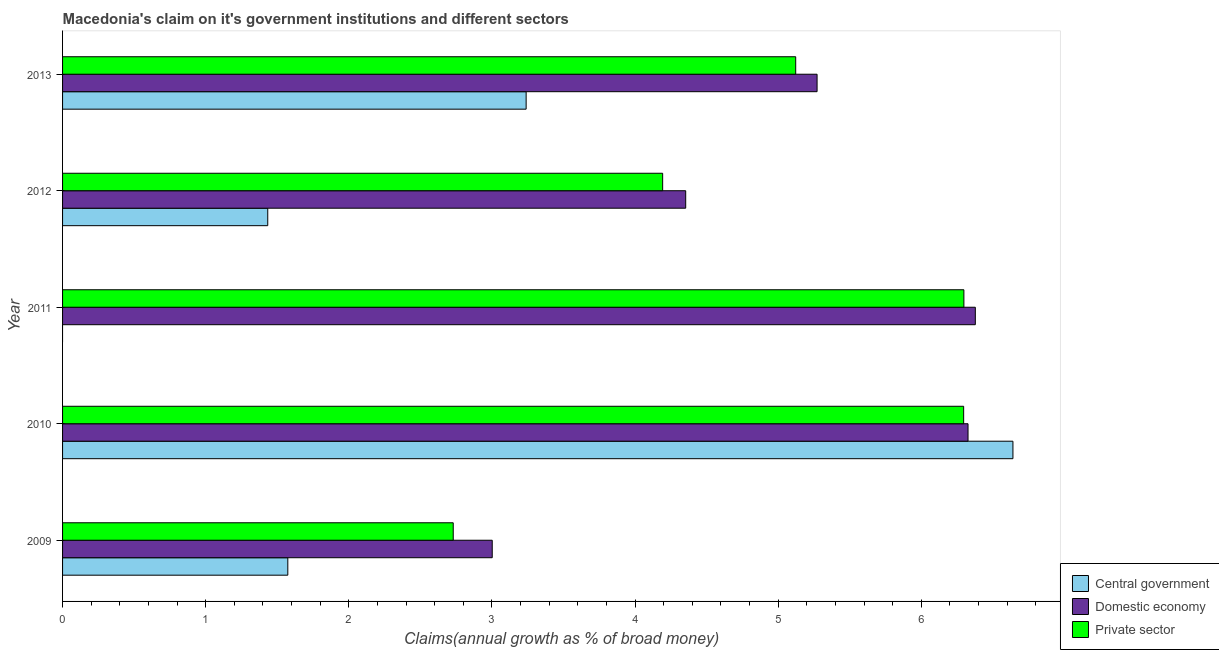
| Year | Central government | Domestic economy | Private sector |
 | --- | --- | --- | --- |
 | 2009 | 1.57 | 3 | 2.73 |
 | 2010 | 6.64 | 6.33 | 6.3 |
 | 2011 | -4.68 | 6.38 | 6.3 |
 | 2012 | 1.43 | 4.35 | 4.19 |
 | 2013 | 3.24 | 5.27 | 5.12 |